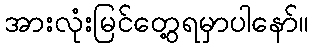
အားလုံးမြင်တွေ့ရမှာပါနော်။